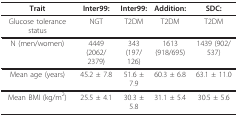
<table><thead><tr><td><b>Trait</b></td><td><b>Inter99:</b></td><td><b>Inter99:</b></td><td><b>Addition:</b></td><td><b>SDC:</b></td></tr></thead><tbody><tr><td>Glucose tolerance status</td><td>NGT</td><td>T2DM</td><td>T2DM</td><td>T2DM</td></tr><tr><td>N (men/women)</td><td>4449(2062/2379)</td><td>343(197/126)</td><td>1613(918/695)</td><td>1439 (902/537)</td></tr><tr><td>Mean age (years)</td><td>45.2 ± 7.8</td><td>51.6 ± 7.9</td><td>60.3 ± 6.8</td><td>63.1 ± 11.0</td></tr><tr><td>Mean BMI (kg/m<sup>2</sup>)</td><td>25.5 ± 4.1</td><td>30.3 ± 5.8</td><td>31.1 ± 5.4</td><td>30.5 ± 5.6</td></tr></tbody></table>